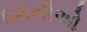
ધમનીઓ